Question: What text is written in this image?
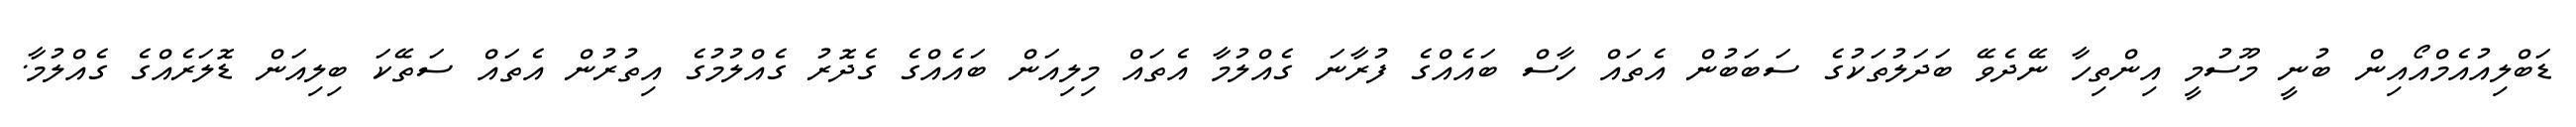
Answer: ޑަބްލިއުއެމްއޯއިން ބުނީ މޫސުމީ އިންތިހާ ނޭދެވޭ ބަދަލުތަކުގެ ސަބަބުން އެތައް ހާސް ބައެއްގެ ފުރާނަ ގެއްލުމާ އެތައް މިލިއަން ބައެއްގެ ގެދޮރު ގެއްލުމުގެ އިތުރުން އެތައް ސަތޭކަ ބިލިއަން ޑޮލަރެއްގެ ގެއްލުމާ.